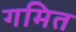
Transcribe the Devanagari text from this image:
गमित